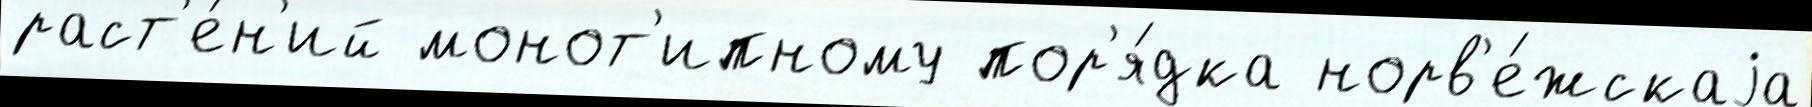
раст'е́н'ий монот'ипному пор'я́дка норв'е́жскаjа